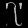
Digit: ၇